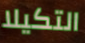
التكيلا